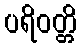
ပရိဝတ္တိ